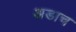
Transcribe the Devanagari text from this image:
अडाच